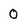
Character: 0